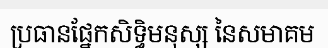
ប្រធានផ្នែកសិទ្ធិមនុស្ស នៃសមាគម